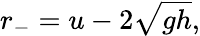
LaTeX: r_{-}=u-2{\sqrt{gh}},